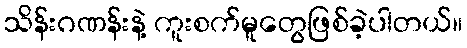
သိန်းဂဏန်းနဲ့ ကူးစက်မူတွေဖြစ်ခဲ့ပါတယ်။